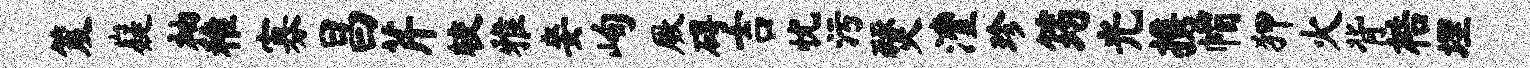
笈嶷袖稚寡昌芹较雅妾峋厥碍吉忧污燹澧珍筠光携帽狎火背梏埋